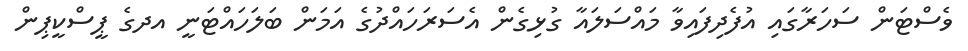
ވެސްޓަން ސަހަރާގައި އުފެދިފައިވާ މައްސަލައާ ގުޅިގެން އެސަރަހައްދުގެ އަމަން ބަލަހައްޓަނީ އދގެ ޕީސްކީޕިން